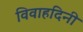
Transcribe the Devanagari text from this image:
विवाहदिनी